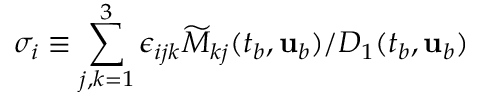
\sigma _ { i } \equiv { \sum _ { j , k = 1 } ^ { 3 } \epsilon _ { i j k } \widetilde { M } _ { k j } ( t _ { b } , { \mathbf { u } } _ { b } ) } / { D _ { 1 } ( t _ { b } , { \mathbf { u } } _ { b } ) }